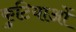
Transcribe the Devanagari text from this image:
कुटियाओं